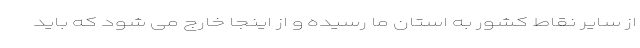
از سایر نقاط کشور به استان ما رسیده و از اینجا خارج می شود که باید